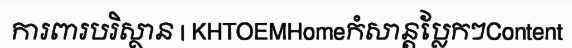
ការពារបរិស្ថាន | KHTOEMHomeកំសាន្តប្លែកៗContent